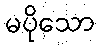
မပိုသော